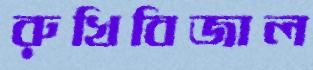
রুখিবিজাল